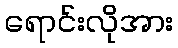
ရောင်းလိုအား